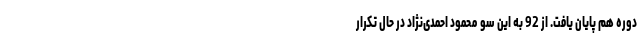
دوره هم پایان یافت. از 92 به این سو محمود احمدی‌نژاد در حال تکرار